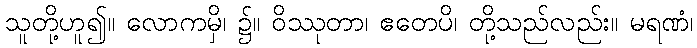
သူတို့ဟူ၍။ လောကမှိ၊ ၌။ ဝိဿုတာ၊ ဧတေပိ၊ တို့သည်လည်း။ မရဏံ၊